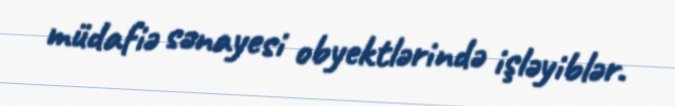
müdafiə sənayesi obyektlərində işləyiblər.